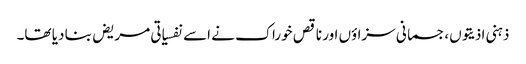
ذہنی اذیتوں،جسمانی سزاؤں اور ناقص خوراک نے اسے نفسیاتی مریض بنا دیا تھا۔